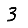
Digit: 3